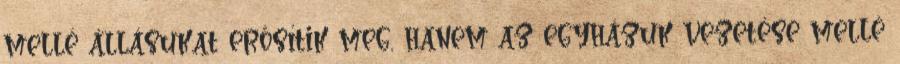
mellé állásukat erősítik meg, hanem az egyházuk vezetése mellé